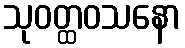
သုဝတ္ထဝသနော